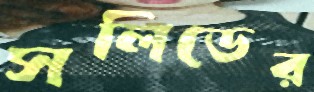
সলিডের